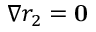
\nabla r _ { 2 } = \mathbf { 0 }